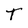
Character: T